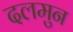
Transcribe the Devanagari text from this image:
दलमुन